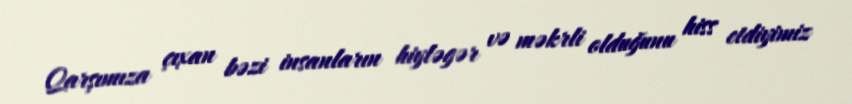
Qarşımıza çıxan bəzi insanların hiyləgər və məkrli olduğunu hiss etdiyimiz